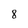
Character: 8